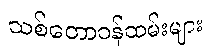
သစ်တောဝန်ထမ်းများ